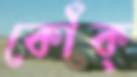
কোঁক্‌